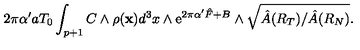
2 \pi \alpha ^ { \prime } a T _ { 0 } \int _ { p + 1 } C \wedge \rho ( { \bf x } ) d ^ { 3 } x \wedge \mathrm { e } ^ { 2 \pi \alpha ^ { \prime } { \hat { F } } + B } \wedge \sqrt { \hat { A } ( R _ { T } ) / \hat { A } ( R _ { N } ) } .